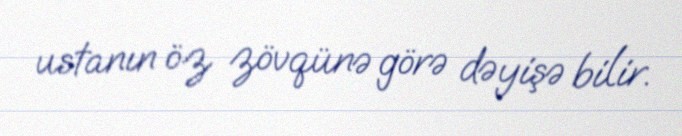
ustanın öz zövqünə görə dəyişə bilir.